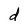
Character: d